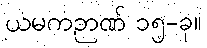
ယမကဉာဏ် ၁၅-ခု။